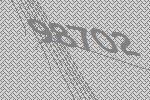
98702